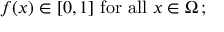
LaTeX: f ( x ) \in [ 0 , 1 ] { \mathrm { ~ f o r ~ a l l ~ } } x \in \Omega \, ;